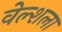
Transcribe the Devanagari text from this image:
वेल्शला